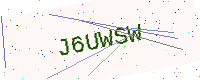
Text: J6UWSW